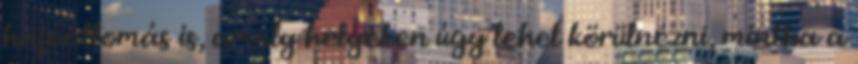
hajóállomás is, amely helyeken úgy lehet körülnézni, mintha a